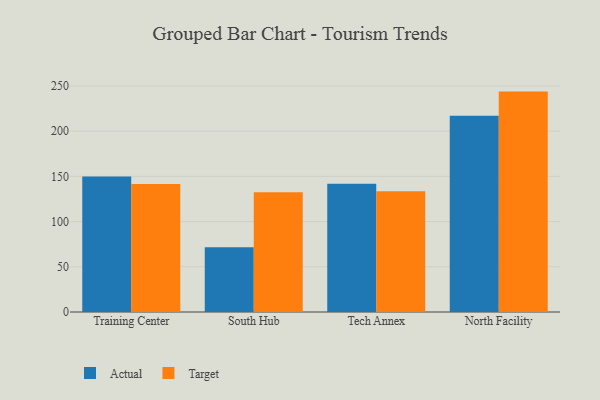
{"axis": {"x": "Campus", "y": "Population (Million)"}, "legend": ["Actual", "Target"], "data": [{"x": "Training Center", "y": 149.7, "type": "Actual"}, {"x": "Training Center", "y": 141.5, "type": "Target"}, {"x": "South Hub", "y": 71.6, "type": "Actual"}, {"x": "South Hub", "y": 132.5, "type": "Target"}, {"x": "Tech Annex", "y": 141.8, "type": "Actual"}, {"x": "Tech Annex", "y": 133.6, "type": "Target"}, {"x": "North Facility", "y": 217.0, "type": "Actual"}, {"x": "North Facility", "y": 243.7, "type": "Target"}]}